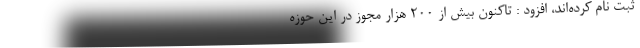
ثبت نام کرده‌اند، افزود : تاکنون بیش از ۲۰۰ هزار مجوز در این حوزه